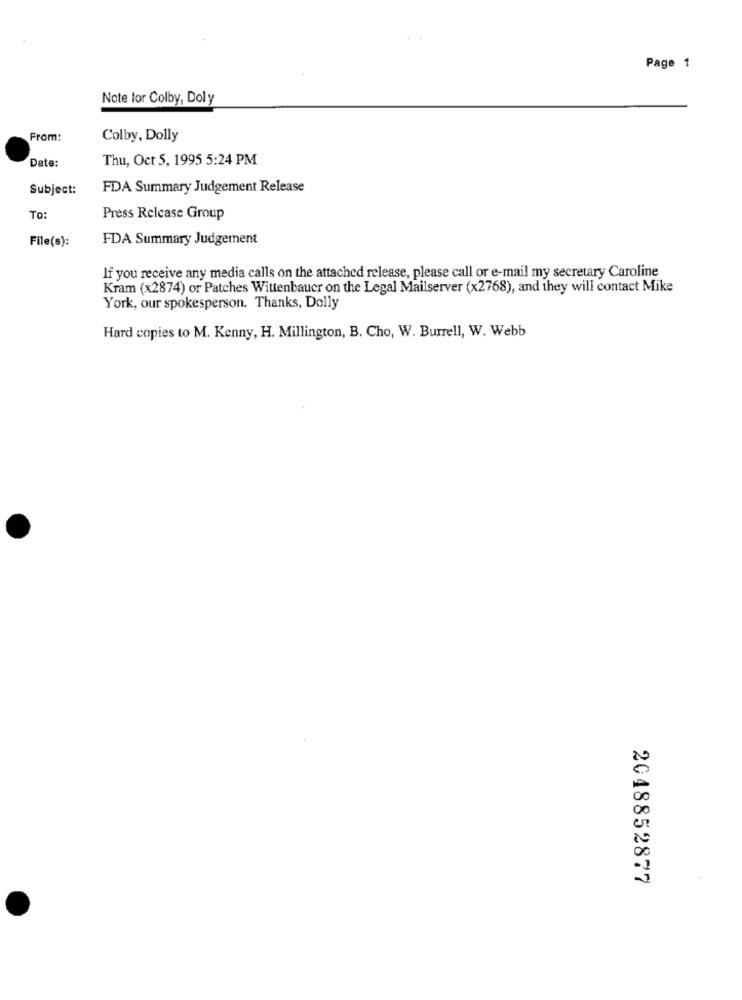
Page 1
Note for Colby, Doly
From:
Colby, Dolly
Date:
Thu, Oct 5, 1995 5:24 PM
Subject:
FDA Summary Judgement Release
TO:
Press Release Group
File(s):
FDA Summary Judgement
If you receive any media calls on the attached release, please call or e-mail my secretary Caroline
Kram (x2874) or Patches Wittenbauer on the Legal Mailserver (x2768), and they will contact Mike
York, our spokesperson. Thanks, Dolly
Hard copies to M. Kenny, H. Millington, B. Cho, W. Burrell, W. Webb
2048852877